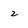
Character: z